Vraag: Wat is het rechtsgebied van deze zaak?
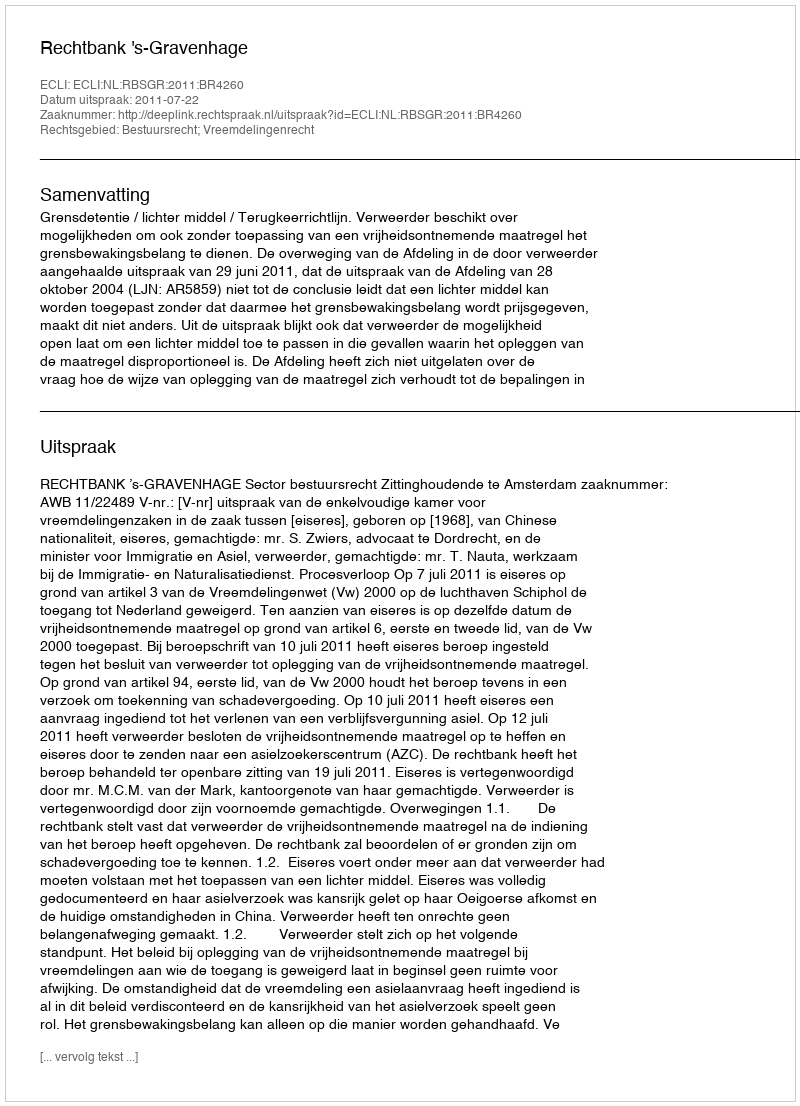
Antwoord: Bestuursrecht; Vreemdelingenrecht